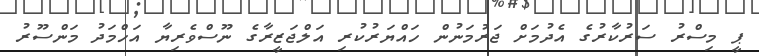
ޕީ މިސްރު ސަރުކާރުގެ އެދުމަށް ޖަރުމަނުން ހައްޔަރުކުރި އަލްޖަޒީރާގެ ނޫސްވެރިޔާ އަހްމަދު މަންސޫރު